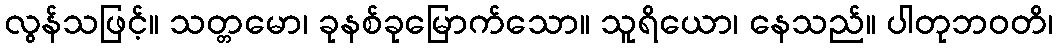
လွန်သဖြင့်။ သတ္တမော၊ ခုနစ်ခုမြောက်သော။ သူရိယော၊ နေသည်။ ပါတုဘဝတိ၊